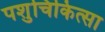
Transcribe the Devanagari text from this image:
पशुचिकित्‍सा